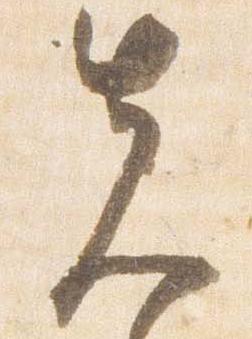
先